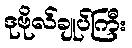
ဒုဗိုလ်ချုပ်ကြီး